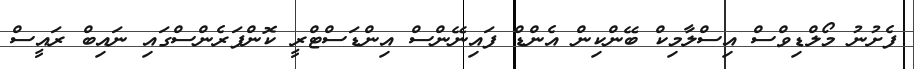
ފެށުނު މޯލްޑިވްސް އިސްލާމިކް ބޭންކިން އެންޑް ފައިނޭންސް އިންޑަސްޓްރީ ކޮންފަރެންސްގައި ނައިބް ރައީސް